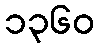
၁၃၆၀